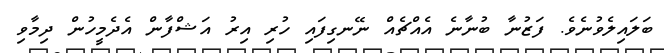
ބަލައިލެވުނެވެ. ފަޒުނާ ބުނާނެ އެއްޗެއް ނޭނގިފައި ހުރި އިރު އަޝްފާން އެދެމީހުން ދިމާވި